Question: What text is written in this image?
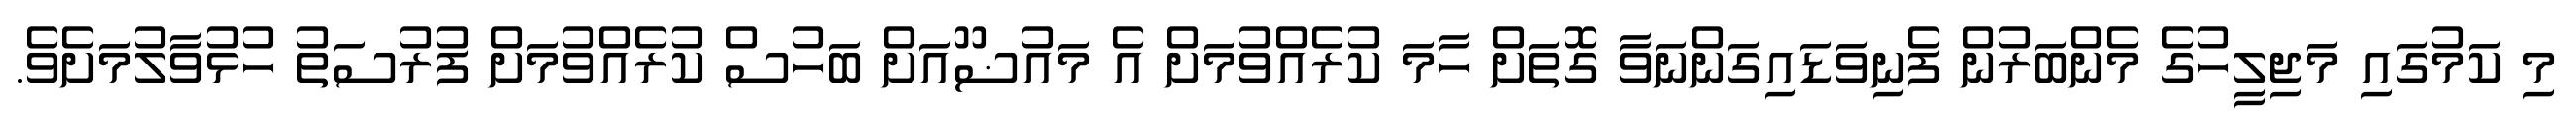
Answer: މި ކަމުގައި މަޖިލީހުގެ މެންބަރުން ފެނިވަޑައިގަންނަވާ ގޮތަށް ހާމަ ކުރެއްވުމަށް އެ މައުޟޫއަށް ބަހުސް ކުރެއްވުމަށް ފުރުސަތު ހުޅުވާލުމަށެވެ.